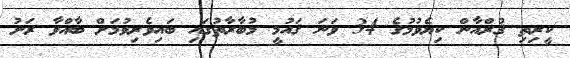
ކީރިތި ޤުރްއާން ކިޔެވުމުގެ 34 ވަނަ ޤައުމީ މުބާރާތުގައި ބައިވެރިވުމަށް ބާއްވާ ރަށު